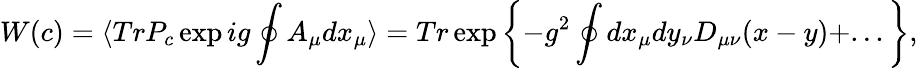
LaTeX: W(c)=\langle TrP_{c}\exp ig\oint A_{\mu}dx_{\mu}\rangle=Tr\exp\left\{ -g^{2}\oint dx_{\mu}dy_{\nu}D_{\mu\nu}(x-y)+...\right\} ,